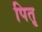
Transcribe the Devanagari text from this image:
पितृ